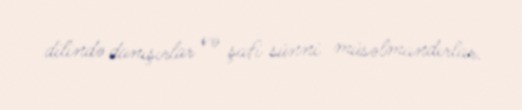
dilində danışırlar və şafi sünni müsəlmandırlar.